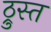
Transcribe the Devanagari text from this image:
ठ्रुस्त